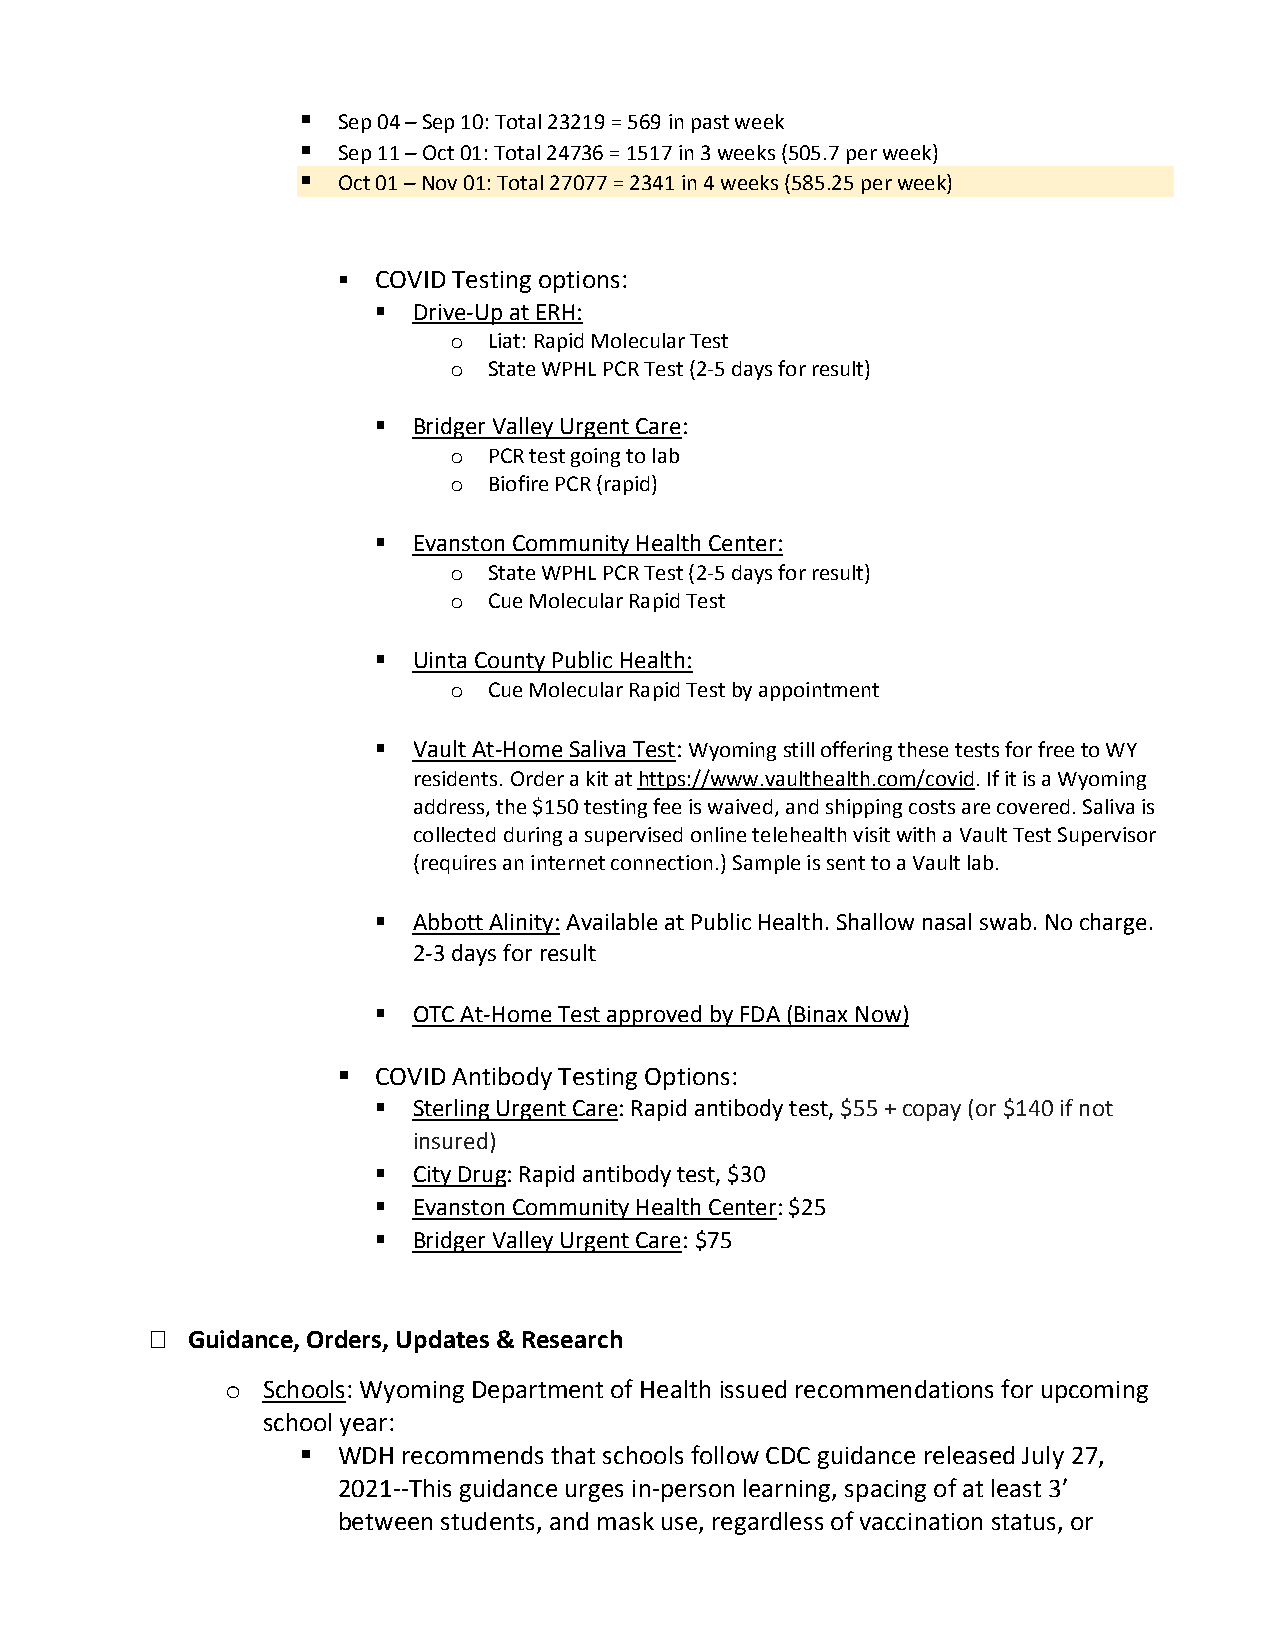
 Sep 04 – Sep 10: Total 23219 = 569 in past week
  Sep 11 – Oct 01: Total 24736 = 1517 in 3 weeks (505.7 per week)
  Oct 01 – Nov 01: Total 27077 = 2341 in 4 weeks (585.25 per week)
   COVID Testing options:
  Drive-Up at ERH:
 o Liat: Rapid Molecular Test
 o State WPHL PCR Test (2-5 days for result)
  Bridger Valley Urgent Care:
 o PCR test going to lab
 o Biofire PCR (rapid)
  Evanston Community Health Center:
 o State WPHL PCR Test (2-5 days for result)
 o Cue Molecular Rapid Test
  Uinta County Public Health:
 o Cue Molecular Rapid Test by appointment
  Vault At-Home Saliva Test: Wyoming still offering these tests for free to WY
 residents. Order a kit at https://www.vaulthealth.com/covid. If it is a Wyoming
 address, the $150 testing fee is waived, and shipping costs are covered. Saliva is
 collected during a supervised online telehealth visit with a Vault Test Supervisor
 (requires an internet connection.) Sample is sent to a Vault lab.
  Abbott Alinity: Available at Public Health. Shallow nasal swab. No charge.
 2-3 days for result
  OTC At-Home Test approved by FDA (Binax Now)
   COVID Antibody Testing Options:
  Sterling Urgent Care: Rapid antibody test, $55 + copay (or $140 if not
 insured)
  City Drug: Rapid antibody test, $30
  Evanston Community Health Center: $25
  Bridger Valley Urgent Care: $75
  Guidance, Orders, Updates & Research
 o Schools: Wyoming Department of Health issued recommendations for upcoming
 school year:
  WDH  recommends that schools follow CDC guidance released July 27,
 2021--This guidance urges in-person learning, spacing of at least 3’
 between students, and mask use, regardless of vaccination status, or